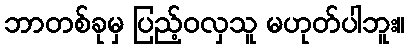
ဘာတစ်ခုမှ ပြည့်ဝလှသူ မဟုတ်ပါဘူး။